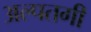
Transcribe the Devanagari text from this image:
अल्पतगी